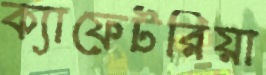
ক্যাফেটরিয়া